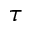
\tau